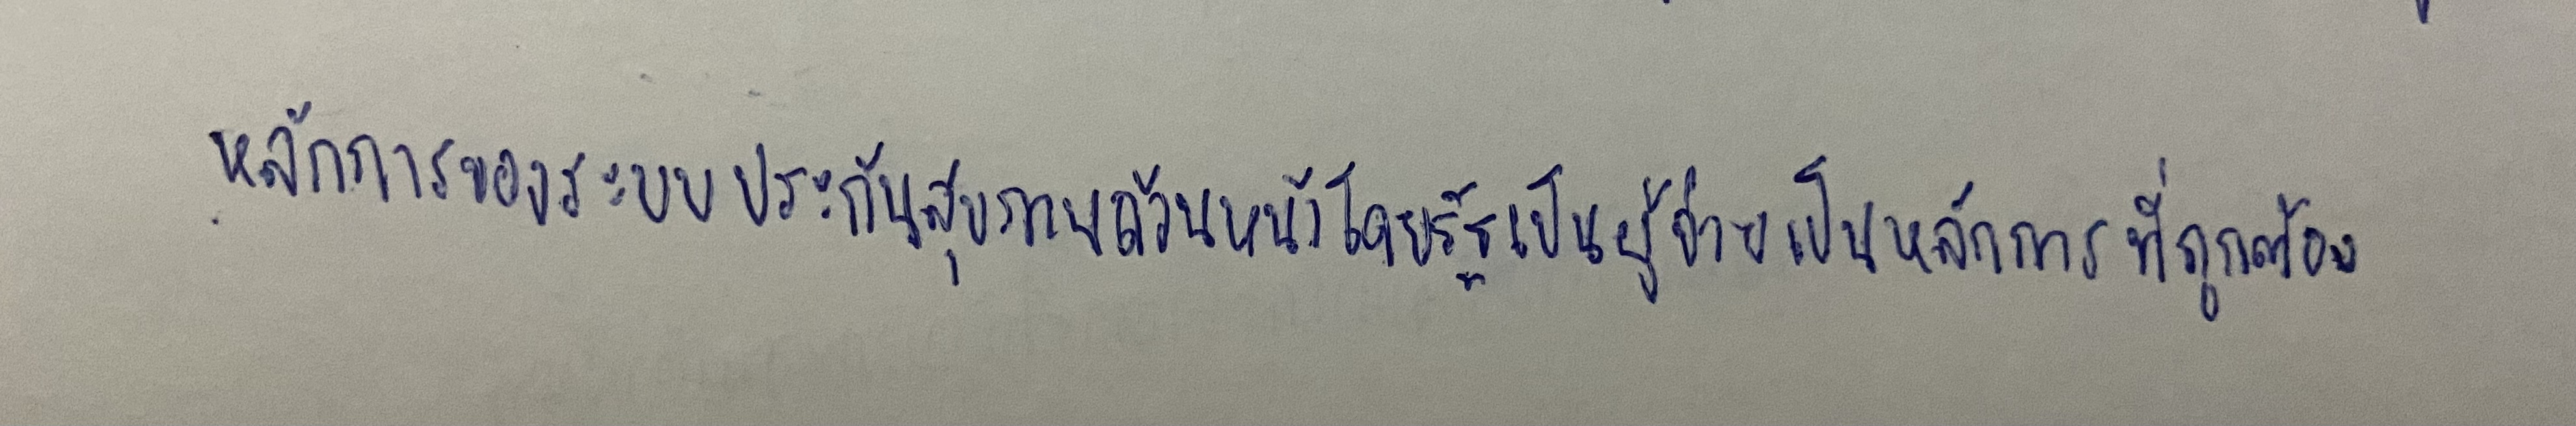
หลักการของระบบประกันสุขภาพถ้วนหน้าโดยรัฐเป็นผู้จ่ายเป็นหลักการที่ถูกต้อง